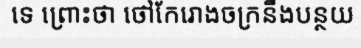
ទេ ព្រោះថា ថៅកែរោងចក្រនឹងបន្ថយ